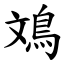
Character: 鳼